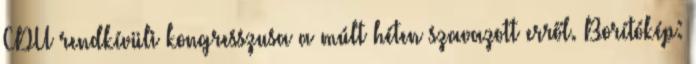
CDU rendkívüli kongresszusa a múlt héten szavazott erről. Borítókép: